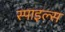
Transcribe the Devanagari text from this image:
स्पाइल्स